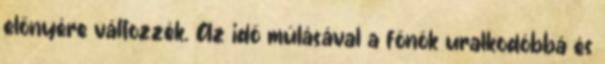
előnyére változzék. Az idő múlásával a főnök uralkodóbbá és